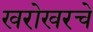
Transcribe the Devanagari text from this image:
खरोखरचे